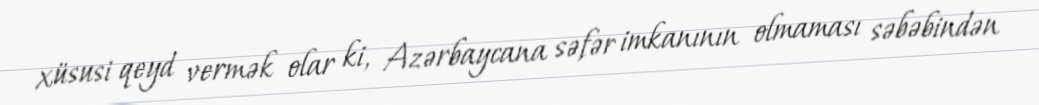
xüsusi qeyd vermək olar ki, Azərbaycana səfər imkanının olmaması səbəbindən